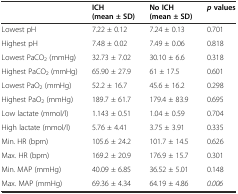
|  | ICH (mean ± SD) | No ICH (mean ± SD) | pvalues |
 | --- | --- | --- | --- |
 | Lowest pH | 7.22 ± 0.12 | 7.24 ± 0.13 | 0.701 |
 | Highest pH | 7.48 ± 0.02 | 7.49 ± 0.06 | 0.818 |
 | Lowest PaCO2 (mmHg) | 32.73 ± 7.02 | 30.10 ± 6.6 | 0.318 |
 | Highest PaCO2 (mmHg) | 65.90 ± 27.9 | 61 ± 17.5 | 0.601 |
 | Lowest PaO2 (mmHg) | 52.2 ± 16.7 | 45.6 ± 16.2 | 0.298 |
 | Highest PaO2 (mmHg) | 189.7 ± 61.7 | 179.4 ± 83.9 | 0.695 |
 | Low lactate (mmol/l) | 1.143 ± 0.51 | 1.04 ± 0.59 | 0.704 |
 | High lactate (mmol/l) | 5.76 ± 4.41 | 3.75 ± 3.91 | 0.335 |
 | Min. HR (bpm) | 105.6 ± 24.2 | 101.7 ± 14.5 | 0.626 |
 | Max. HR (bpm) | 169.2 ± 20.9 | 176.9 ± 15.7 | 0.301 |
 | Min. MAP (mmHg) | 40.09 ± 6.85 | 36.52 ± 5.01 | 0.148 |
 | Max. MAP (mmHg) | 69.36 ± 4.34 | 64.19 ± 4.86 | 0.006 |